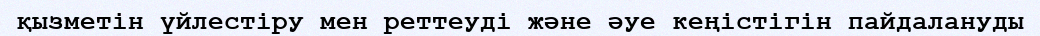
қызметін үйлестіру мен реттеуді және әуе кеңістігін пайдалануды